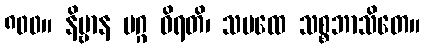
၈၀၀။ နိဗ္ဗာန မဂ္ဂ ဝိရတိ၊ သပထေ သစ္စဘာသိတေ။